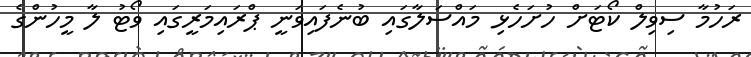
ރަހުމާ ސިވިލް ކޯޓަށް ހުށަހެޅި މައްސަލާގައި ބުނެފައިވަނީ ޕްރައިމަރީގައި ވޯޓު ލާ މީހުންގެ